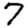
Digit: 7